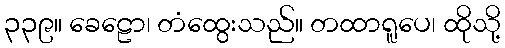
၃၃၉။ ခေဠော၊ တံထွေးသည်။ တထာရူပေ၊ ထိုသို့